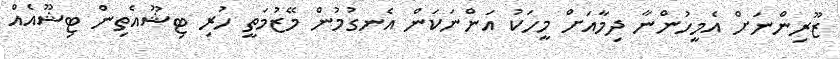
ޒޫރިންނަށް އެމީހުންނާ ދިމާއަށް މީހަކު އަންނަކަން އެނގުމުން މޭޒުމަތީ ހުރި ޓިޝޫއެތިން ޓިޝޫއެއް